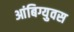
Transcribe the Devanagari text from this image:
आंबिग्युवस